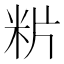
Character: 𥸺